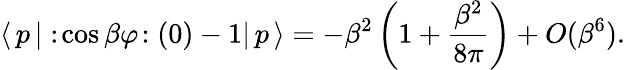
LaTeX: \langle\, p\, |\, \! :\! \cos\beta\varphi\! :(0)-1|\, p\, \rangle=-\beta^{2}\left(1+\frac{\beta^{2}}{8\pi}\right)+O(\beta^{6}).